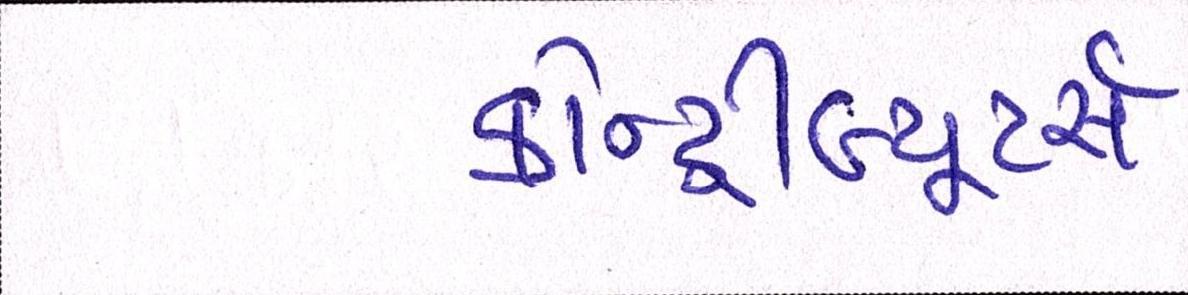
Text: કોન્ટ્રીબ્યૂટર્સઃ